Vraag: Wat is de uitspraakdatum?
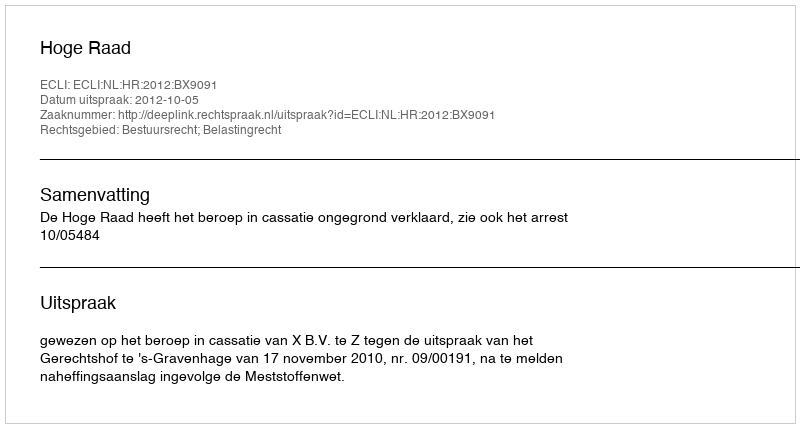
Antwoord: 2012-10-05